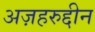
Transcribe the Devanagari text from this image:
अज़हरुद्दीन